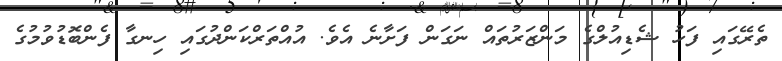
ތެރޭގައި ފަހު ޝެޑިއުލްގެ މަންޒަރުތައް ނަގަން ފަށާނެ އެވެ. އުއްތަރްކަންދުގައި ހިނގާ ފެންބޮޑުވުމުގެ